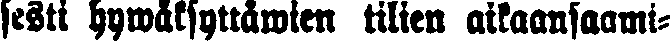
sesti hywäksyttäiwn tilien aikaansaami-